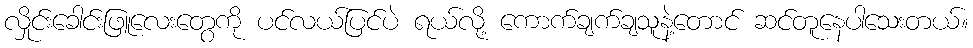
လှိုင်းခေါင်းဖြူလေးတွေကို ပင်လယ်ပြင်ပဲ ရယ်လို့ ကောက်ချက်ချသူနဲ့တောင် ဆင်တူနေပါသေးတယ်။